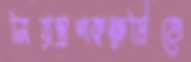
নিয়ন্ত্রণকক্ষটিতে